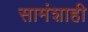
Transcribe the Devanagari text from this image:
सामंशाही